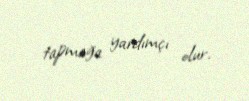
tapmağa yardımçı olur.